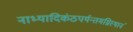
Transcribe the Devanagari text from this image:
नाभ्यादिकंठपर्यन्तमग्निस्थानं